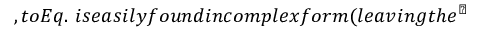
, t o E q . ~ i s e a s i l y f o u n d i n c o m p l e x f o r m ( l e a v i n g t h e `